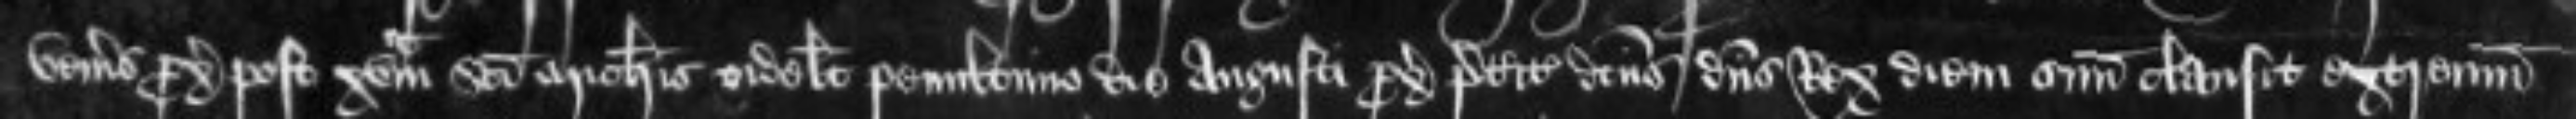
veneris proximum post xvam Sancti Michaelis videlicet penultimo die Augusti proximo preterito dictus dominus Rex diem suum clausit extremum